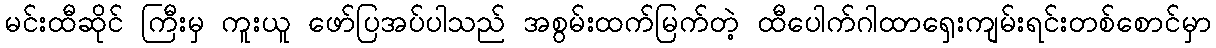
မင်းထီဆိုင် ကြီးမှ ကူးယူ ဖော်ပြအပ်ပါသည် အစွမ်းထက်မြက်တဲ့ ထီပေါက်ဂါထာရှေးကျမ်းရင်းတစ်စောင်မှာ